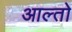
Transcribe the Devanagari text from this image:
आल्तो